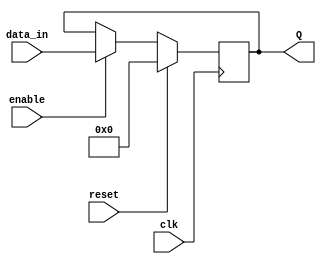
module reg_64bit(clk,reset,enable,data_in,Q);
input clk,reset,enable;
input[63:0] data_in;
output[63:0] Q;
reg[63:0] Q;

always @(posedge clk)
begin
	if(reset)
		Q<={64{1'b0}};
	else begin
		if(enable)
			Q<=data_in;
	end
end
endmodule